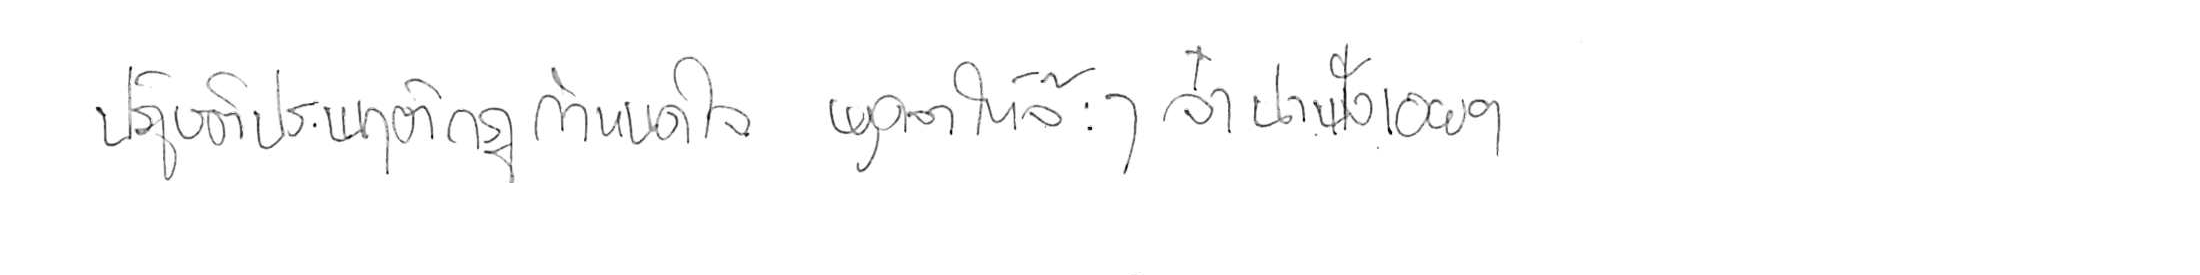
ปฏิบัติประพฤติกฎกำหนดใจ พูดจาให้จ๊ะๆ จ๋า น่าฟังเอยฯ